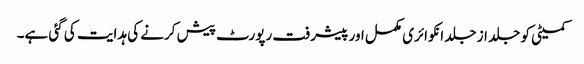
کمیٹی کو جلد از جلد انکوائری مکمل اور پیشرفت رپورٹ پیش کرنے کی ہدایت کی گئی ہے۔